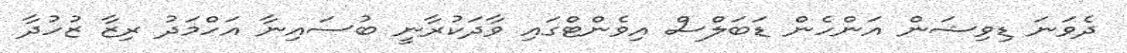
ދެވަނަ ޑިވިޝަން އަންހެން ޑަބަލްސް އިވެންޓްގައި ވާދަކުރާނީ ބުސައިނާ އަހްމަދު ރިޒާ ޒުހުދާ